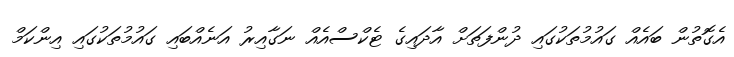
އެގޮތުން ބައެއް ގައުމުތަކުގައި ދުންފަތަށް އާދައިގެ ޓެކްސްއެއް ނަގާއިރު އަނެއްބައި ގައުމުތަކުގައި އިންކަމް